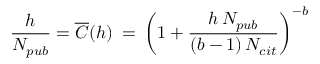
\frac { h } { N _ { p u b } } = \overline { { C } } ( h ) \: = \: \left( 1 + \frac { h \, N _ { p u b } } { ( b - 1 ) \, N _ { c i t } } \right) ^ { - b }